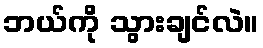
ဘယ်ကို သွားချင်လဲ။